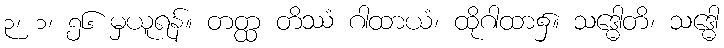
၃၊ ၁၊ ၅၆ မှယူရန်။ တတ္ထ တိဿံ ဂါထာယံ၊ ထိုဂါထာ၌။ သဒ္ဓေါတိ၊ သဒ္ဓေါ